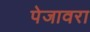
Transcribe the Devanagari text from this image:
पेजावरा